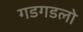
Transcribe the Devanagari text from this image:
गडगडलो